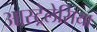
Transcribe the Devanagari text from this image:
आस्ट्रेलेसिया